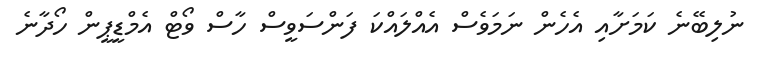
ނުލިބޭނެ ކަމަށާއި އެހެން ނަމަވެސް އެއްލައްކަ ފަންސަވީސް ހާސް ވޯޓް އެމްޑީޕީން ހޯދާނެ